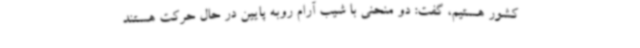
کشور هستیم، گفت: دو منحنی با شیب آرام روبه پایین در حال حرکت هستند